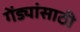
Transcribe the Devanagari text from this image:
गेंड्यांसाठी